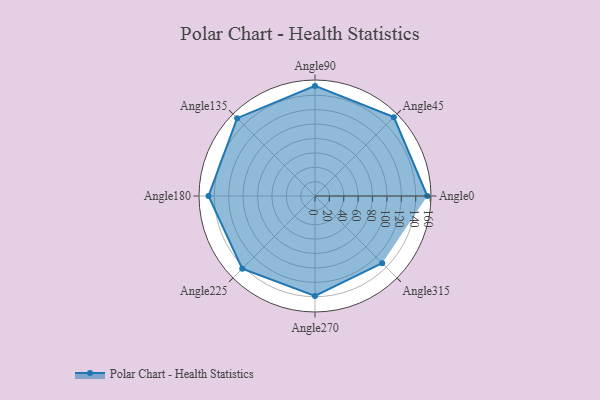
{"axis": {"x": "Angle", "y": "Radius"}, "legend": [""], "data": [{"x": "Angle0", "y": 156.0, "type": ""}, {"x": "Angle45", "y": 155.0, "type": ""}, {"x": "Angle90", "y": 153.0, "type": ""}, {"x": "Angle135", "y": 153.0, "type": ""}, {"x": "Angle180", "y": 148.0, "type": ""}, {"x": "Angle225", "y": 143.0, "type": ""}, {"x": "Angle270", "y": 139.0, "type": ""}, {"x": "Angle315", "y": 132.0, "type": ""}]}